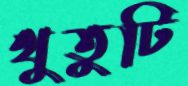
থুতুটি